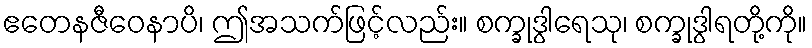
ဧတေနဇီဝေနာပိ၊ ဤအသက်ဖြင့်လည်း။ စက္ခုဒွါရေသု၊ စက္ခုဒွါရတို့ကို။